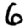
Digit: 6